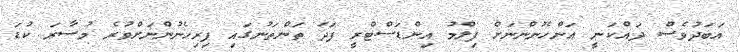
އަބަދުވެސް ދައްކަނީ އަންހެނުންނަށް ފިލްމު އިންޑަސްޓްރީ ފަދަ ތަންތަނުގައި ފިރިހެނުންނަށްވުރެ މުސާރަ ކުޑަ